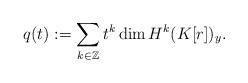
LaTeX: \begin{align*} q(t):=\sum_{k\in\mathbb{Z}} t^k\dim H^k(K[r])_y. \end{align*}